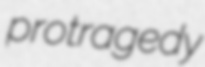
protragedy